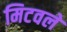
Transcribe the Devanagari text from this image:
मिटवले